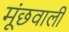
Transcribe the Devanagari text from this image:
मूंछवाली